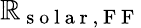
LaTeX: \mathbb{R}_{\mathrm{{~s~o~l~a~r~,~F~F~}}}